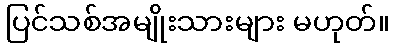
ပြင်သစ်အမျိုးသားများ မဟုတ်။